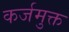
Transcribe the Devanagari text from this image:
कर्जमुक्त